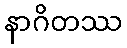
နာဂိတဿ